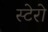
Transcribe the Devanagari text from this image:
स्टेरो